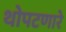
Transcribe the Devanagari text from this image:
थोपटणारे